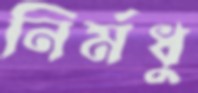
নির্মধু